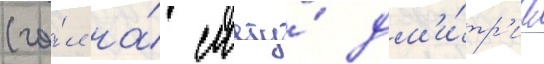
(го́л на́ счету́ дм'и́тр'иа